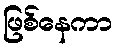
ဖြစ်နေကာ